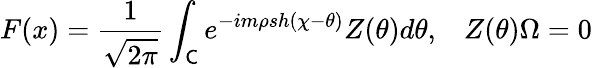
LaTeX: F(x)=\frac{1}{\sqrt{2\pi}}\int_{\mathsf{C}}e^{-im\rho sh(\chi-\theta)}Z(\theta)d\theta,\, \, \, \, \, Z(\theta)\Omega=0\, \,